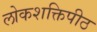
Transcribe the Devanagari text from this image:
लोकशक्तिपीठ